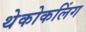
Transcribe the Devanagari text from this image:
थेकोकलिंग